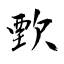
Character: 歅